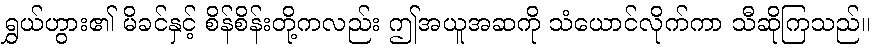
ရွှယ်ဟွား၏ မိခင်နှင့် စိန်စိန်းတို့ကလည်း ဤအယူအဆကို သံယောင်လိုက်ကာ သီဆိုကြသည်။